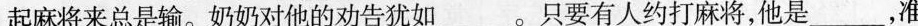
起麻将来总是输。奶奶对他的劝告犹如____。只要有人约打麻将，他是_____，准